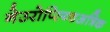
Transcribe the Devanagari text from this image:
नेउरोप्स्य्चिअत्रिक